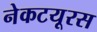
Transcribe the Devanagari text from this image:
नेकटयूरस